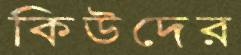
কিউদের